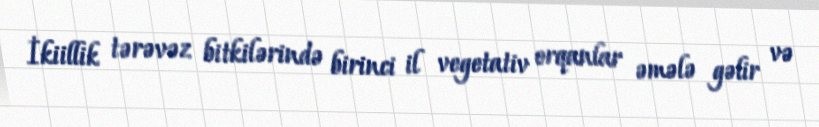
İkiillik tərəvəz bitkilərində birinci il vegetativ orqanlar əmələ gəlir və